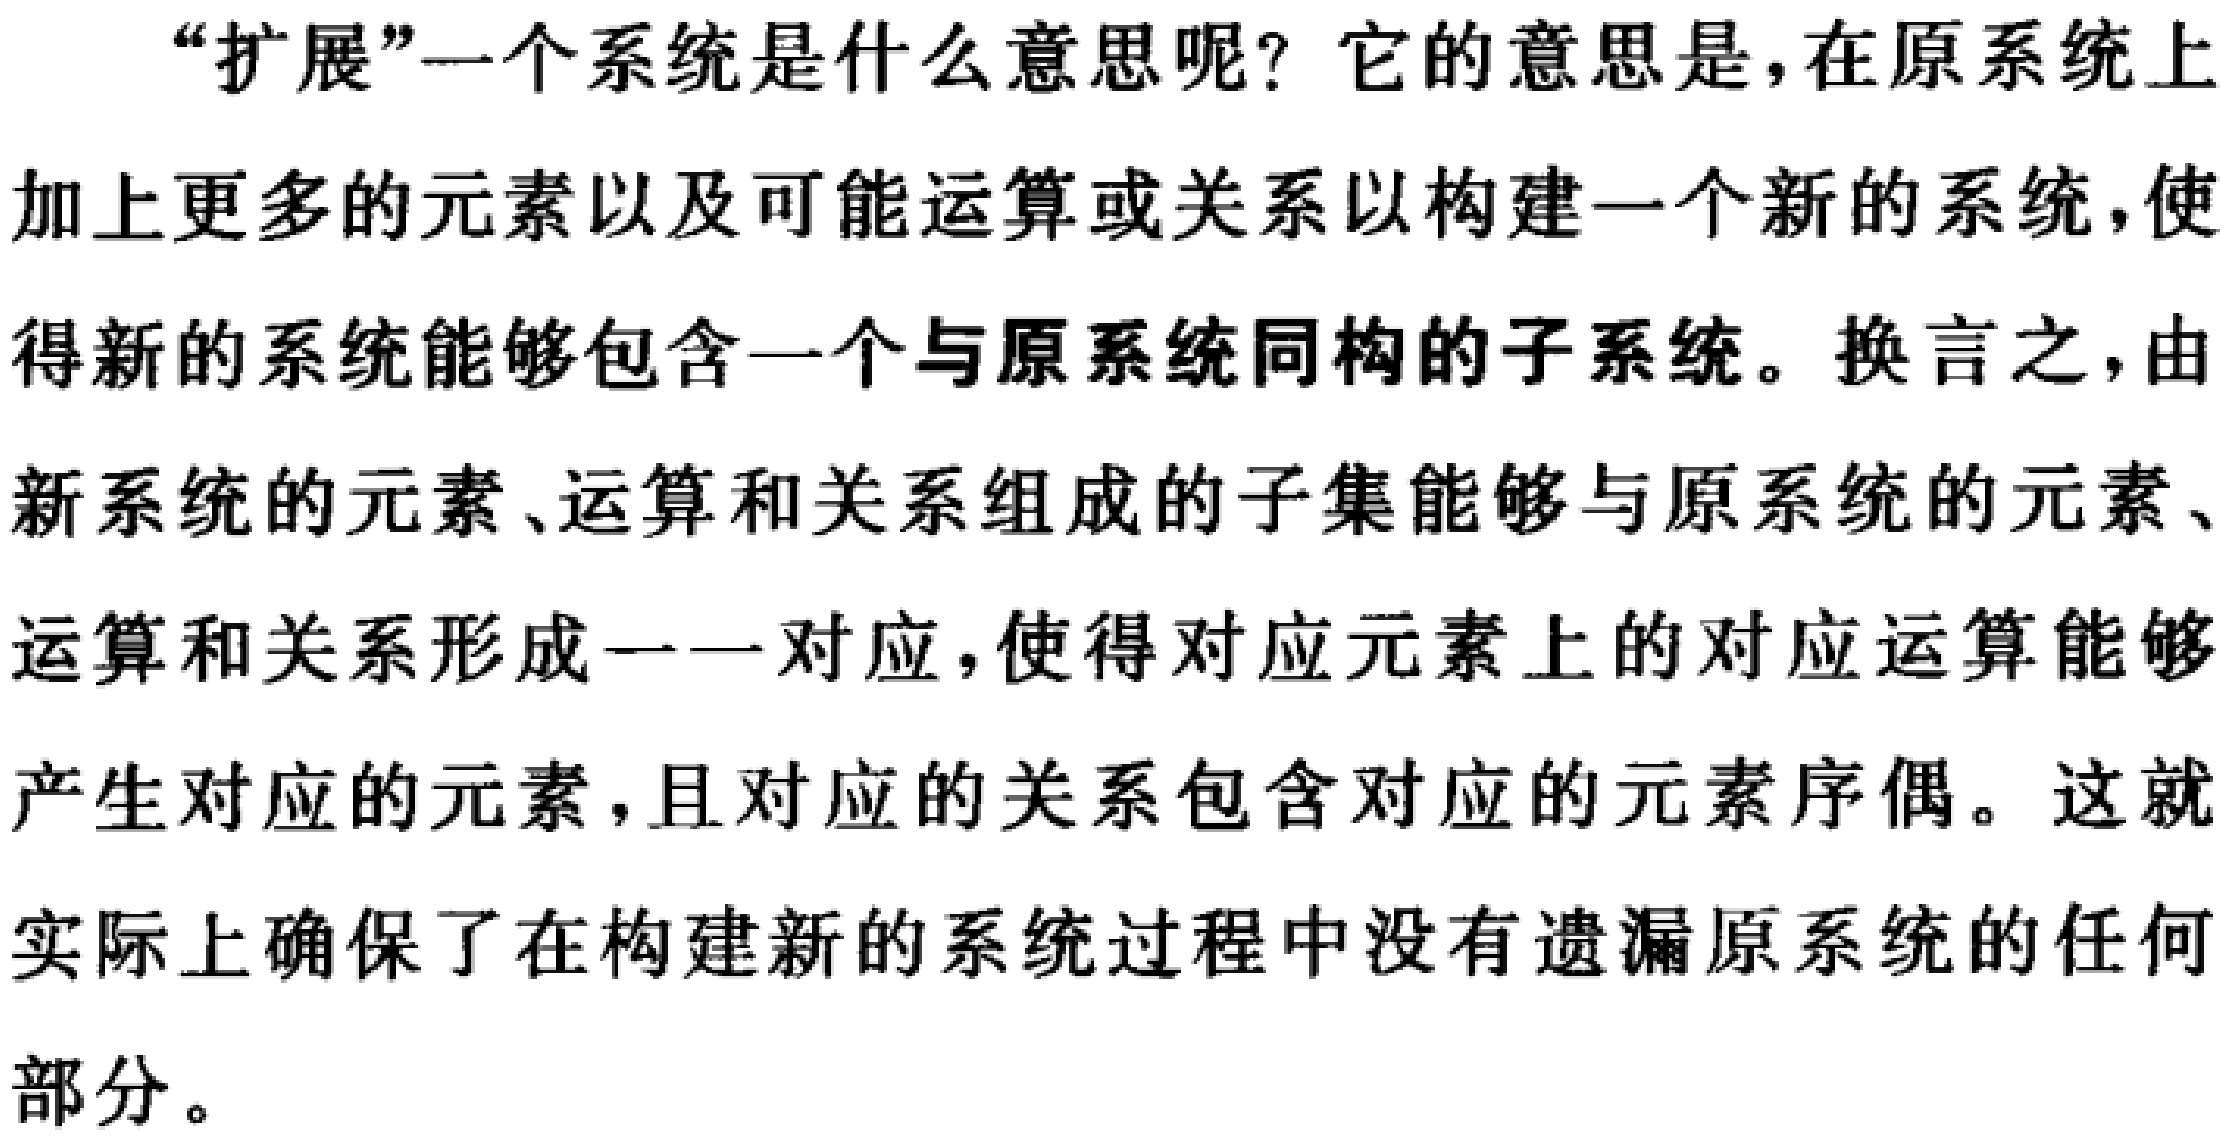
“扩展”一个系统是什么意思呢？它的意思是，在原系统上加上更多的元素以及可能运算或关系以构建一个新的系统，使得新的系统能够包含一个与原系统同构的子系统。换言之，由新系统的元素、运算和关系组成的子集能够与原系统的元素、运算和关系形成一一对应，使得对应元素上的对应运算能够产生对应的元素，且对应的关系包含对应的元素序偶。这就实际上确保了在构建新的系统过程中没有遗漏原系统的任何部分。